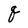
Character: q